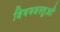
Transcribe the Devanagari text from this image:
विषयवस्‍तुओं